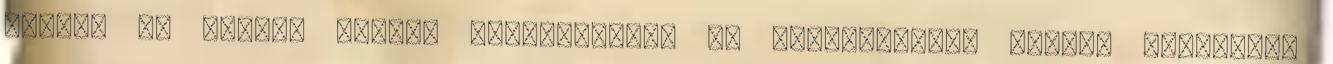
hajzat és fejbőr tartós fenntartása. Ez meglehetősen hosszú folyamat,